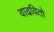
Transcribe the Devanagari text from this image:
वाढवितो